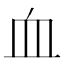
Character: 血